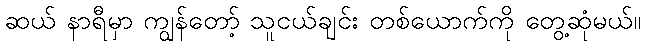
ဆယ် နာရီမှာ ကျွန်တော့် သူငယ်ချင်း တစ်ယောက်ကို တွေ့ဆုံမယ်။